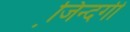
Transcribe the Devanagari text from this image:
जि़न्दगी